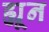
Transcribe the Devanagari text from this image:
ह्यून